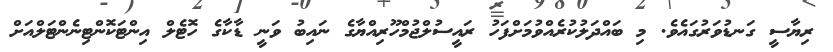
ރިޔާސީ ގަނޑުވަރުގައެވެ. މި ބައްދަލުކުރެއްވުމަށްފަހު ރައީސުލްޖުމްހޫރިއްޔާގެ ނައިބު ވަނީ ޑާކާގެ ހޮޓެލް އިންޓަކޮންޓިނެންޓަލްއަށް